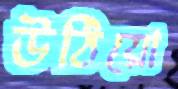
উঠিয়ো